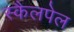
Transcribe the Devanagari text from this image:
स्कैलपेल